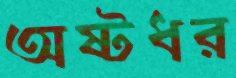
অষ্টধর